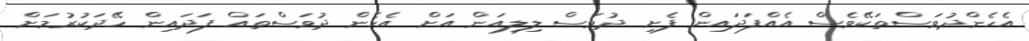
އެހެންދުވަސްތަކޭވެސް އެއްފަދައިން ފެށި ދުވަސް ލިލިއަން އަށް އެހެން ދުވަސްތައް ފަދައިން ހޭދަކުރުމަށް